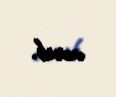
verib.